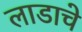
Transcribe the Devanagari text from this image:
लाडाचे